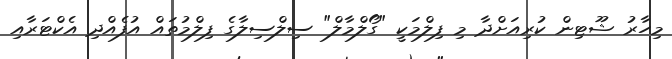
މިހާރު ޝޫޓިން ކުރިއަށްދާ މި ފިލްމަކީ "ގޯލްމާލް" ސިލްސިލާގެ ފިލްމުތައް އުފެއްދި އެކްޓަރާއި